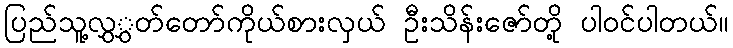
ပြည်သူ့လွှွှတ်တော်ကိုယ်စားလှယ် ဦးသိန်းဇော်တို့ ပါဝင်ပါတယ်။